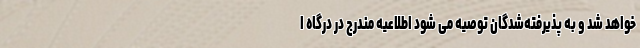
خواهد شد و به پذیرفته‌شدگان توصیه می شود اطلاعیه مندرج در درگاه ا